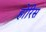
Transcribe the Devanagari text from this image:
होरिस